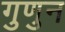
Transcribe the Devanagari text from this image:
गुणुन